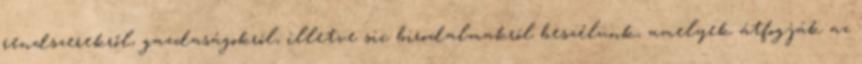
rendszerekről, gazdaságokról, illetve sic birodalmakról beszélünk, amelyek átfogják az